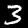
Label: 3